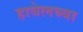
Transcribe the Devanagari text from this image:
हावेलच्या